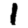
Digit: 1